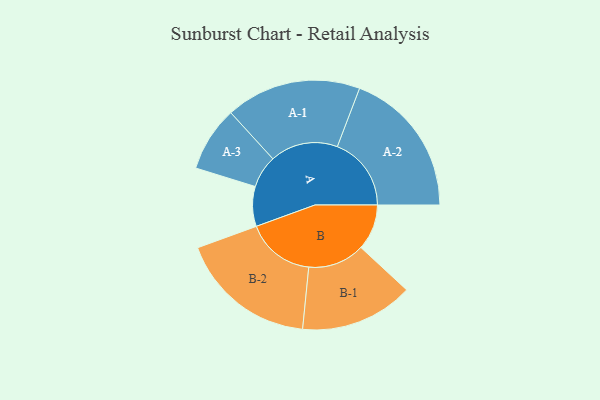
{"axis": {"x": "Segment", "y": "Value"}, "legend": ["", "A", "B"], "data": [{"x": "A", "y": 147, "type": ""}, {"x": "B", "y": 169, "type": ""}, {"x": "A-1", "y": 250, "type": "A"}, {"x": "A-2", "y": 273, "type": "A"}, {"x": "A-3", "y": 120, "type": "A"}, {"x": "B-1", "y": 209, "type": "B"}, {"x": "B-2", "y": 254, "type": "B"}]}